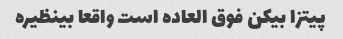
پیتزا بیکن فوق العاده است واقعا بینظیره